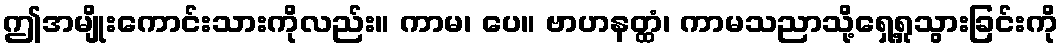
ဤအမျိုးကောင်းသားကိုလည်း။ ကာမ၊ ပေ။ ဗာဟနတ္ထံ၊ ကာမသညာသို့ရှေ့ရှုသွားခြင်းကို